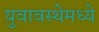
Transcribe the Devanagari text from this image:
युवावस्थेमध्ये